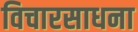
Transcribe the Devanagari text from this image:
विचारसाधना